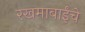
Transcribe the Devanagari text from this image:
रखमाबाईंचे